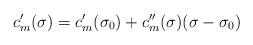
LaTeX: \begin{align*}c_{m}'(\sigma )=c_{m}'(\sigma _{0})+c_{m}''(\sigma )(\sigma -\sigma _{0})\end{align*}